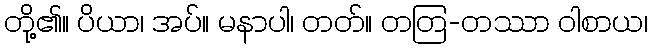
တို့၏။ ပိယာ၊ အပ်။ မနာပါ၊ တတ်။ တတြ-တဿာ ဝါစာယ၊